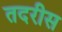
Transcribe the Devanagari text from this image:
तदरीस